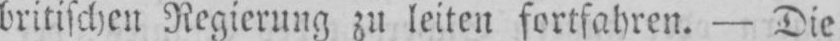
britischen Regierung zu leiten fortfahren. Die